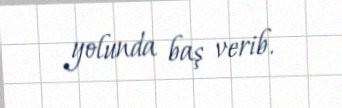
yolunda baş verib.